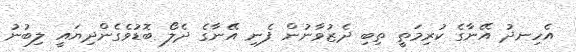
އެހިނދު އޭނާގެ ކުރިމަތީ ތިބި ދެޒުވާނުން ފެނި އޭނާގެ ދެލޯ ބޮޑުވެގެންދިޔައީ ލިބުނު